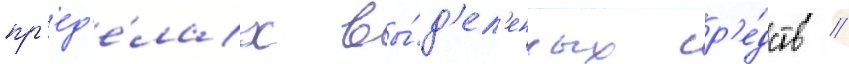
пр'ед'е́лах вы́д'ел'енных ср'е́дств //